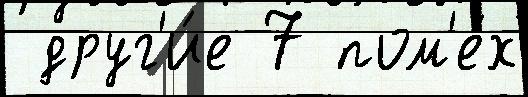
 друг'и́е 7 пом'е́х